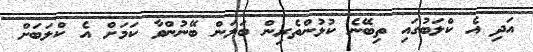
އަދި އެ ކްލަބުގައި ތިބޭނެ ކުޅުންތެރިން ބަލަން ބޭނުންވާ ކަމަށް އެ ކްލަބަށް